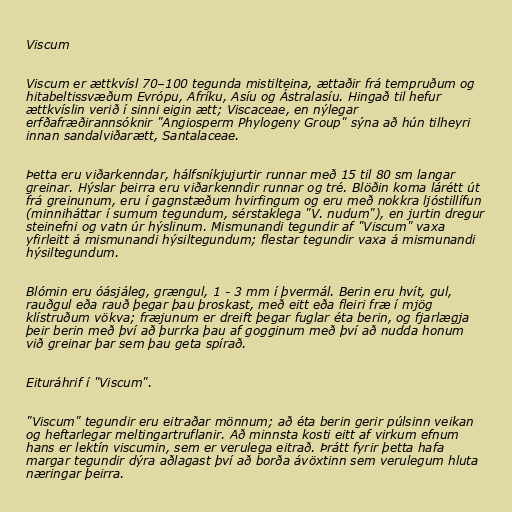
Viscum

Viscum er ættkvísl 70–100 tegunda mistilteina, ættaðir frá tempruðum og
hitabeltissvæðum Evrópu, Afríku, Asíu og Ástralasíu. Hingað til hefur
ættkvíslin verið í sinni eigin ætt; Viscaceae, en nýlegar
erfðafræðirannsóknir "Angiosperm Phylogeny Group" sýna að hún tilheyri
innan sandalviðarætt, Santalaceae.

Þetta eru viðarkenndar, hálfsníkjujurtir runnar með 15 til 80 sm langar
greinar. Hýslar þeirra eru viðarkenndir runnar og tré. Blöðin koma lárétt út
frá greinunum, eru í gagnstæðum hvirfingum og eru með nokkra ljóstillífun
(minniháttar í sumum tegundum, sérstaklega "V. nudum"), en jurtin dregur
steinefni og vatn úr hýslinum. Mismunandi tegundir af "Viscum" vaxa
yfirleitt á mismunandi hýsiltegundum; flestar tegundir vaxa á mismunandi
hýsiltegundum.

Blómin eru óásjáleg, grængul, 1 - 3 mm í þvermál. Berin eru hvít, gul,
rauðgul eða rauð þegar þau þroskast, með eitt eða fleiri fræ í mjög
klístruðum vökva; fræjunum er dreift þegar fuglar éta berin, og fjarlægja
þeir berin með því að þurrka þau af gogginum með því að nudda honum
við greinar þar sem þau geta spírað.

Eituráhrif í "Viscum".

"Viscum" tegundir eru eitraðar mönnum; að éta berin gerir púlsinn veikan
og heftarlegar meltingartruflanir. Að minnsta kosti eitt af virkum efnum
hans er lektín viscumin, sem er verulega eitrað. Þrátt fyrir þetta hafa
margar tegundir dýra aðlagast því að borða ávöxtinn sem verulegum hluta
næringar þeirra.